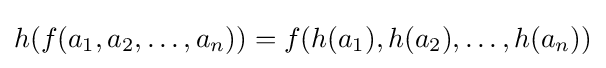
h(f(a_{1},a_{2},\dots ,a_{n}))=f(h(a_{1}),h(a_{2}),\dots ,h(a_{n}))